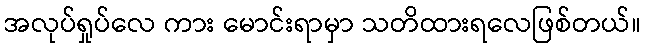
အလုပ်ရှုပ်လေ ကား မောင်းရာမှာ သတိထားရလေဖြစ်တယ်။